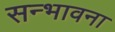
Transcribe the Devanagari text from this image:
सन्भावना